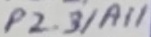
Text: P2.3/A11